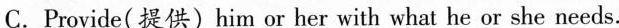
C.Provide(提供)him or her with what he or she needs.